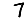
Digit: 7